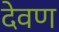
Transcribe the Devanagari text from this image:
देवण